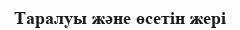
Таралуы және өсетін жері